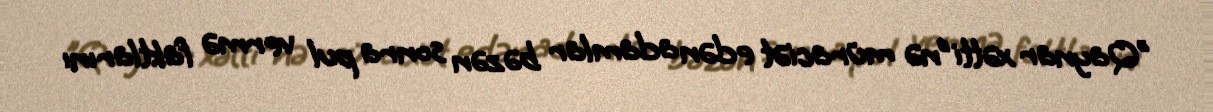
"Qaynar xətti"nə müraciət edən adamlar bəzən sonra pul vermə faktlarını